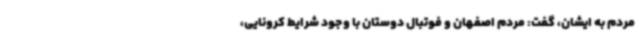
مردم به ایشان، گفت: مردم اصفهان و فوتبال دوستان با وجود شرایط کرونایی،